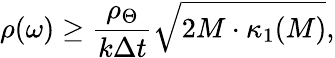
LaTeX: \rho(\omega)\geq\frac{\rho_{\Theta}}{k\Delta t}\sqrt{2M\cdot\kappa_{1}(M)},